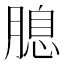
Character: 𦞜